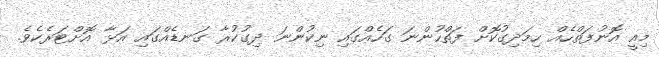
މިއީ އޮނުފަތްހެއް ހިމަދިގުކޮށް ފަތްހުންނަ ގަހެއްގައި ނިކުންނަ ދިގުކުރާ ގަނޑެއްގައި އަޅާ އޮށްޓަރެކެވެ.